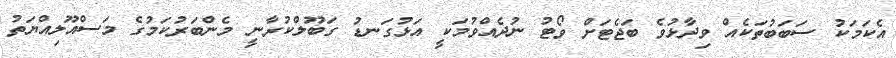
އެކަމަކު ސަބަބުތަކެއް ވިދާޅުވެ ބަޖެޓަށް ވޯޓު ނުދެއްވުމަކީ އަޅުގަނޑު ގަބޫލްކުރާނީ މެންބަރުކަމުގެ މަސްއޫލިއްޔަތު